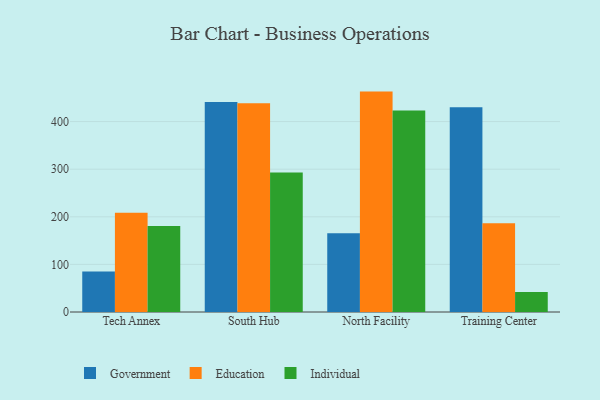
{"axis": {"x": "Campus", "y": "Budget (USD K)"}, "legend": ["Education", "Government", "Individual"], "data": [{"x": "Tech Annex", "y": 84.9, "type": "Government"}, {"x": "Tech Annex", "y": 208.3, "type": "Education"}, {"x": "Tech Annex", "y": 180.5, "type": "Individual"}, {"x": "South Hub", "y": 441.2, "type": "Government"}, {"x": "South Hub", "y": 438.5, "type": "Education"}, {"x": "South Hub", "y": 293.0, "type": "Individual"}, {"x": "North Facility", "y": 165.6, "type": "Government"}, {"x": "North Facility", "y": 463.0, "type": "Education"}, {"x": "North Facility", "y": 423.1, "type": "Individual"}, {"x": "Training Center", "y": 430.3, "type": "Government"}, {"x": "Training Center", "y": 186.5, "type": "Education"}, {"x": "Training Center", "y": 41.8, "type": "Individual"}]}